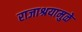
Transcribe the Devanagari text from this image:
राजाश्रयामुळे